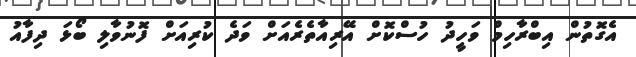
އެގޮތުން އިބްރާހިމް ވަހީދު ހުސްކޮށް އޭރިއާތެރެއަށް ވަދެ ކުރިއަށް ފޮނުވާލި ބޯޅަ ދިފާއު